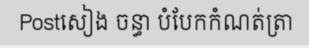
Postសៀង ចន្ធា បំបែកកំណត់ត្រា